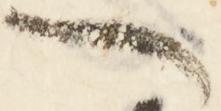
一